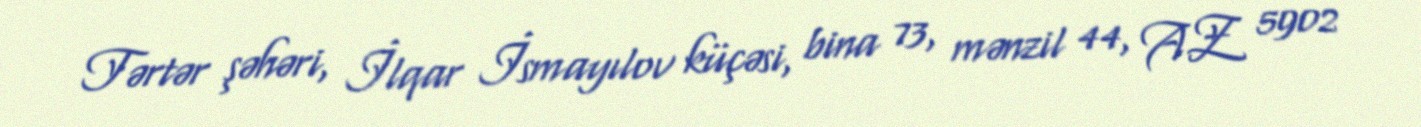
Tərtər şəhəri, İlqar İsmayılov küçəsi, bina 73, mənzil 44, AZ 5902